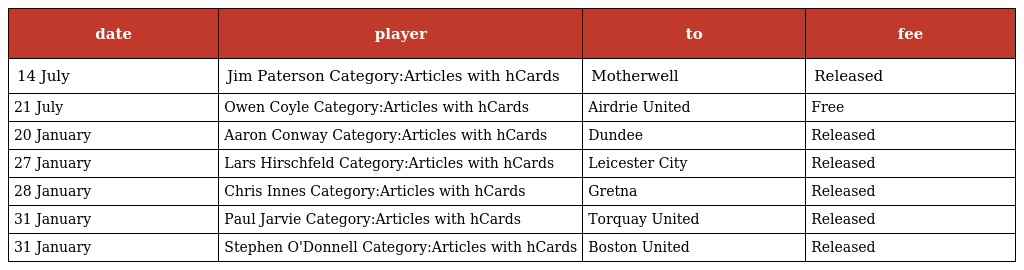
| date | player | to | fee |
 | --- | --- | --- | --- |
 | 14 July | Jim Paterson Category:Articles with hCards | Motherwell | Released |
 | 21 July | Owen Coyle Category:Articles with hCards | Airdrie United | Free |
 | 20 January | Aaron Conway Category:Articles with hCards | Dundee | Released |
 | 27 January | Lars Hirschfeld Category:Articles with hCards | Leicester City | Released |
 | 28 January | Chris Innes Category:Articles with hCards | Gretna | Released |
 | 31 January | Paul Jarvie Category:Articles with hCards | Torquay United | Released |
 | 31 January | Stephen O'Donnell Category:Articles with hCards | Boston United | Released |